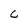
Character: C